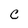
Character: C